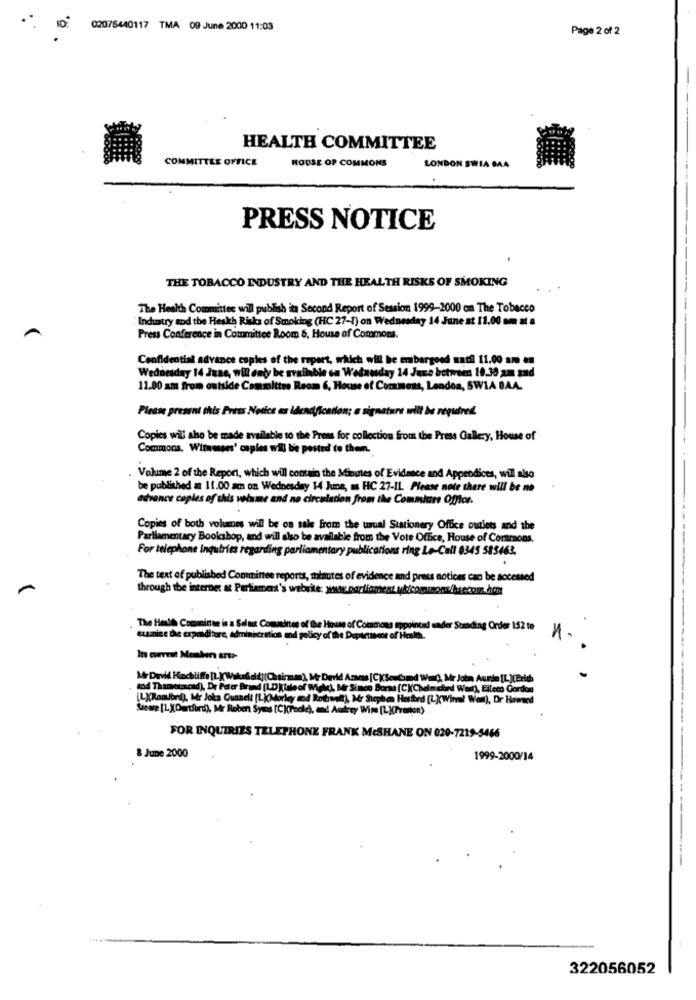
02076440117 TMA 09 June 2000 11:03
Page 2 of 2
HEALTH COMMITTEE
COMMITTEE OFFICE
HOUSE OF COMMONS
LONDON SWIA BAA
PRESS NOTICE
THE TOBACCO INDUSTRY AND THE HEALTH RISKS OF SMOKING
The Health Committee will publish it Second Report of Session 1999-2000 om The Tobacco
" Industry sod the Heskb Risks of Smoking (HC 27-1) on Wednesday 14 June at 11.00 om at a
Press Conference in Committee Room 6, House of Commons.
Confidential advance copies of the report, which will be embargoed natil 11.00 am an
Wednesday 14 June, will enty be available on Wednesday 14 June between 10.30 am and
11.00 am from outside Committee Room 6, House of Commons, Landon, 5W1A BAA.
Please present this Press Notice as Idencification; a signature will be required.
Copies will also be made available to the Press for collection from the Press Gallery, House of
Commons. Witnesses' copies wil be posted to then.
Volume 2 of the Report, which will contain the Minutes of Evidence and Appendices, will also
be published at 11.00 am on Wednesday 14 June, m HC 27-IL Please note there will be no
advance copies of this volume and no circulation from the Committee Offlor.
Copies of both vohames will be on sale from the usual Stationery Office outlets and the
Parliamentary Bookshop, and will also be available from the Vote Office, House of Commons.
For telephone Inquiries regarding parliamentary publications ring Le-Call 0345 585463.
The text of published Committee reports, minutes of evidence and press notices can be accessed
through the internet at Parliament's website: www. portiomeat ubicommons/husecom.htm
The Hold Committe is a Select Commitee of the House of Commons eppolocal under Somding Order 152 to
eunice the expenditure, administration and policy of the Depicttest of Halth.
1.
In curreut Members are+-
Mr David Hinchliffe [L.KWake&d&][Chairman'), Mr Devid Amess [CKS. Comd WanQ, Mr Jobn Aunin [L](Erich
sod Thametascad), Dr Poter Brand [LD)(tale of Well, Mr Since Borsa [C](Cheimdbnd Warr), Elleto Gordon
[L](Romford), Mr Joka Guanelt [LKMorley and Rotraudl), Mr Stephon Hesferd [L](Win! Wen), Dr Homed
Soup [LX(Dartford), Mr Roben Syns [C](Podle), and Audrey Wire [L](Pvanton)
FOR INQUIRIES TELEPHONE FRANK MCSHANE ON 020-7219-5466
& June 2000
1999-2000/14
.....
322056052